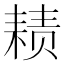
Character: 𱻴